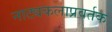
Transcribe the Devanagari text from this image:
नाट्यकलाप्रवर्तक